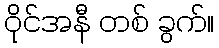
ဝိုင်အနီ တစ် ခွက်။